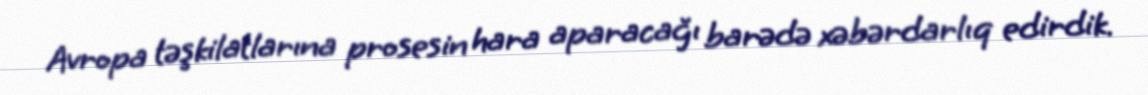
Avropa təşkilatlarına prosesin hara aparacağı barədə xəbərdarlıq edirdik.